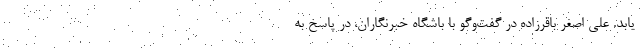
یابد. علی اصغر باقرزاده در گفت‌‌وگو با باشگاه خبرنگاران، در پاسخ به